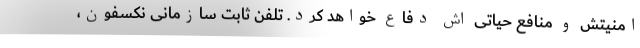
امنیتش و منافع حیاتی اش دفاع خواهد کرد. تلفن ثابت سازمانی نکسفون،